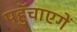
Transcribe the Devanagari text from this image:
पहुॅचाएगें